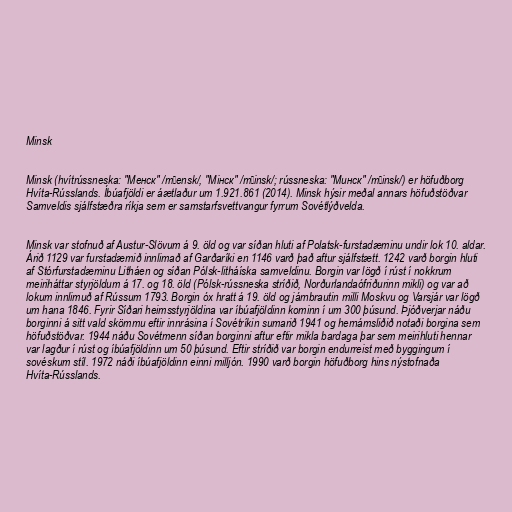
Minsk

Minsk (hvítrússneska: "Менск" /mʲensk/, "Мінск" /mʲinsk/; rússneska: "Минск" /mʲinsk/) er höfuðborg
Hvíta-Rússlands. Íbúafjöldi er áætlaður um 1.921.861 (2014). Minsk hýsir meðal annars höfuðstöðvar
Samveldis sjálfstæðra ríkja sem er samstarfsvettvangur fyrrum Sovétlýðvelda.

Minsk var stofnuð af Austur-Slövum á 9. öld og var síðan hluti af Polatsk-furstadæminu undir lok 10. aldar.
Árið 1129 var furstadæmið innlimað af Garðaríki en 1146 varð það aftur sjálfstætt. 1242 varð borgin hluti
af Stórfurstadæminu Litháen og síðan Pólsk-litháíska samveldinu. Borgin var lögð í rúst í nokkrum
meiriháttar styrjöldum á 17. og 18. öld (Pólsk-rússneska stríðið, Norðurlandaófriðurinn mikli) og var að
lokum innlimuð af Rússum 1793. Borgin óx hratt á 19. öld og járnbrautin milli Moskvu og Varsjár var lögð
um hana 1846. Fyrir Síðari heimsstyrjöldina var íbúafjöldinn kominn í um 300 þúsund. Þjóðverjar náðu
borginni á sitt vald skömmu eftir innrásina í Sovétríkin sumarið 1941 og hernámsliðið notaði borgina sem
höfuðstöðvar. 1944 náðu Sovétmenn síðan borginni aftur eftir mikla bardaga þar sem meirihluti hennar
var lagður í rúst og íbúafjöldinn um 50 þúsund. Eftir stríðið var borgin endurreist með byggingum í
sovéskum stíl. 1972 náði íbúafjöldinn einni milljón. 1990 varð borgin höfuðborg hins nýstofnaða
Hvíta-Rússlands.